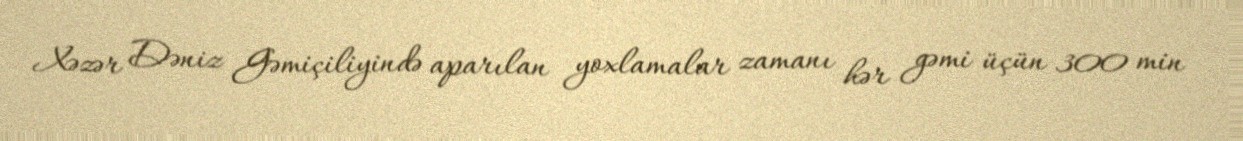
Xəzər Dəniz Gəmiçiliyində aparılan yoxlamalar zamanı hər gəmi üçün 300 min